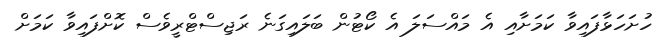
ހުށަހަޅާފައިވާ ކަމަށާއި އެ މައްސަލަ އެ ކޯޓުން ބަލައިގަނެ ރަޖިސްޓްރީވެސް ކޮށްފައިވާ ކަމަށް